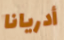
أدريانا